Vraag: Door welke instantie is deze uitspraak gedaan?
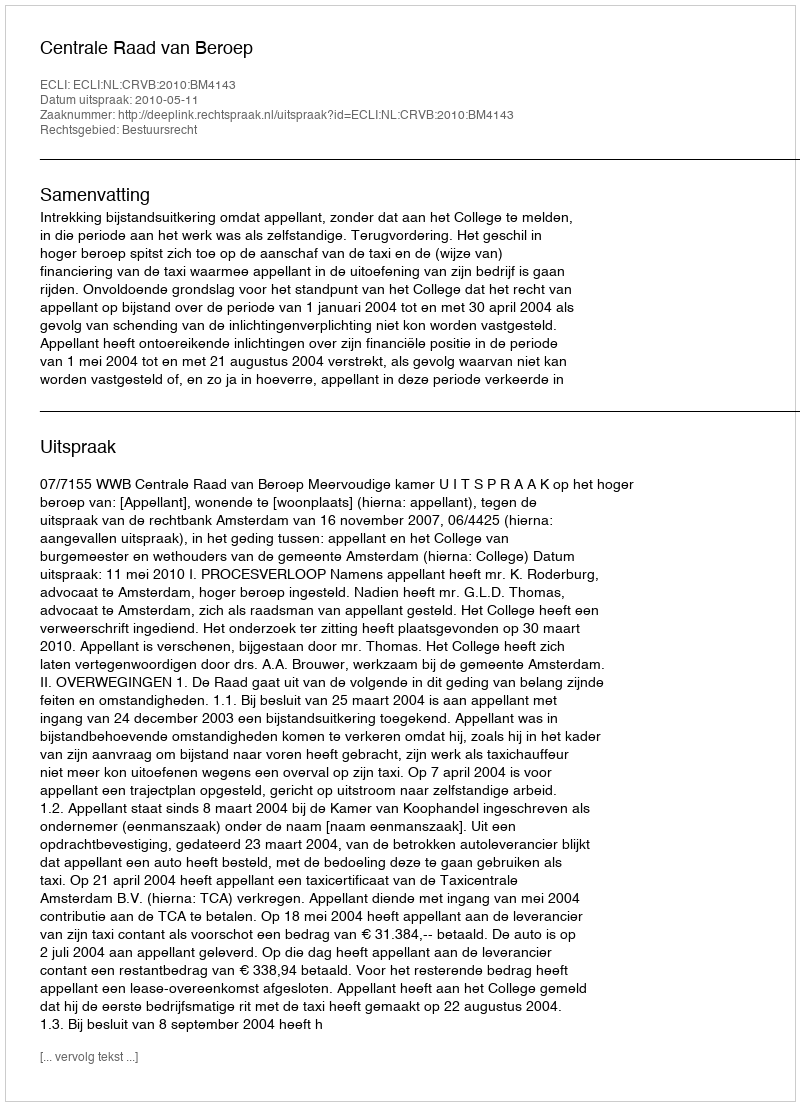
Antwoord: Centrale Raad van Beroep